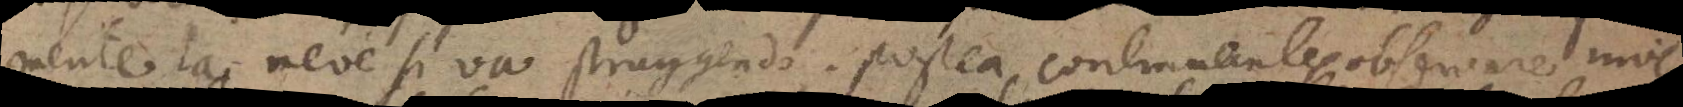
mente la neve si va struggendo. Postea continuantes observare inve